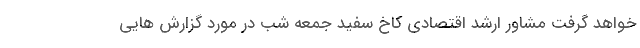
خواهد گرفت مشاور ارشد اقتصادی کاخ سفید جمعه شب در مورد گزارش هایی